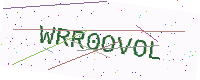
Text: WRR0OVOL